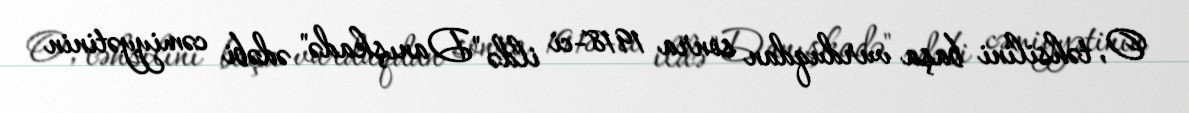
O, təhsilini başa vurduqdan sonra 1918-ci ildə "Danışkadə" ədəbi cəmiyyətinin